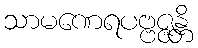
သာမဏေရပဗ္ဗဇ္ဇန္တိ